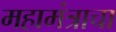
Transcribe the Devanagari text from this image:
महामंत्राचा